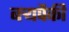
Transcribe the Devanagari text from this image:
बर्‍यपैकी